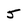
Character: 5